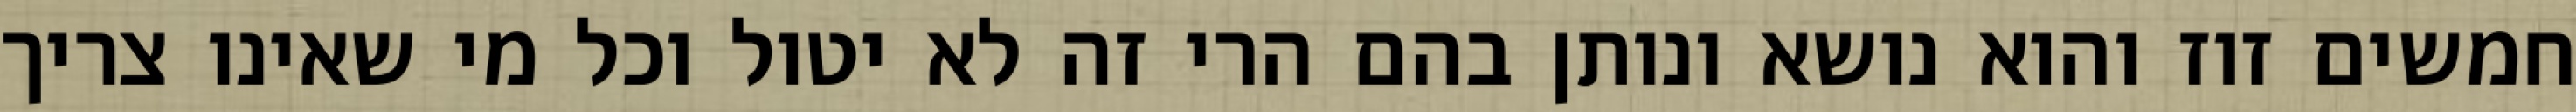
חמשים זוז והוא נושא ונותן בהם הרי זה לא יטול וכל מי שאינו צריך